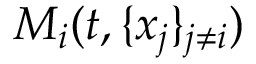
M _ { i } ( t , \{ x _ { j } \} _ { j \neq i } )